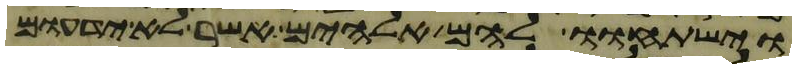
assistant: וישתחוו להם אלהים אשר לא ידעום